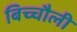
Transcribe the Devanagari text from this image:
बिच्चौली